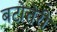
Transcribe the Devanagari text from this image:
बटोत्तेरी